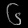
Digit: ၆